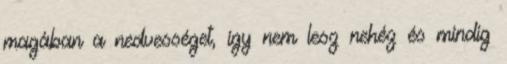
magában a nedvességet, így nem lesz nehéz és mindig